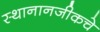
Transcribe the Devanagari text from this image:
स्थानानजीकचे